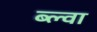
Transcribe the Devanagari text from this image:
ब्ल्वा